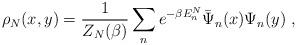
LaTeX: \begin{align*}\rho_{N}(x,y)=\frac{1}{Z_{N}(\beta)}\sum_{n} e^{-\beta E^{N}_{n}}\bar\Psi_{n}(x)\Psi_{n}(y)\ ,\end{align*}